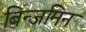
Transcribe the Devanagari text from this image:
बिन्जमिन